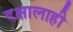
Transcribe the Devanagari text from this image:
दक्षालाही